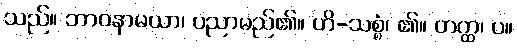
သည်။ ဘာဝနာမယာ၊ ပညာမည်၏။ ဟိ-သစ္စံ၊ ၏။ တတ္ထ၊ ပ။